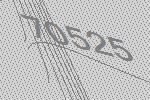
70525